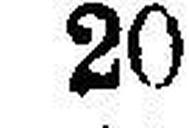
20